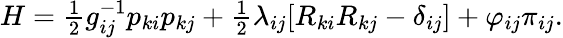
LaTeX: \begin{array}{r}{H=\frac 12g_{ij}^{-1}p_{ki}p_{kj}+\frac 12\lambda_{ij}[R_{ki}R_{kj}-\delta_{ij}]+\varphi_{ij}\pi_{ij}.}\end{array}